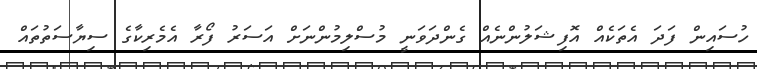
ހުސައިން ފަދަ އެތަކެއް އޮފިޝަލުންނެއް ގެންދަވަނީ މުސްލިމުންނަށް އަސަރު ފޯރާ އެމެރިކާގެ ސިޔާސަތުތައް